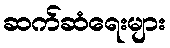
ဆက်ဆံရေးများ